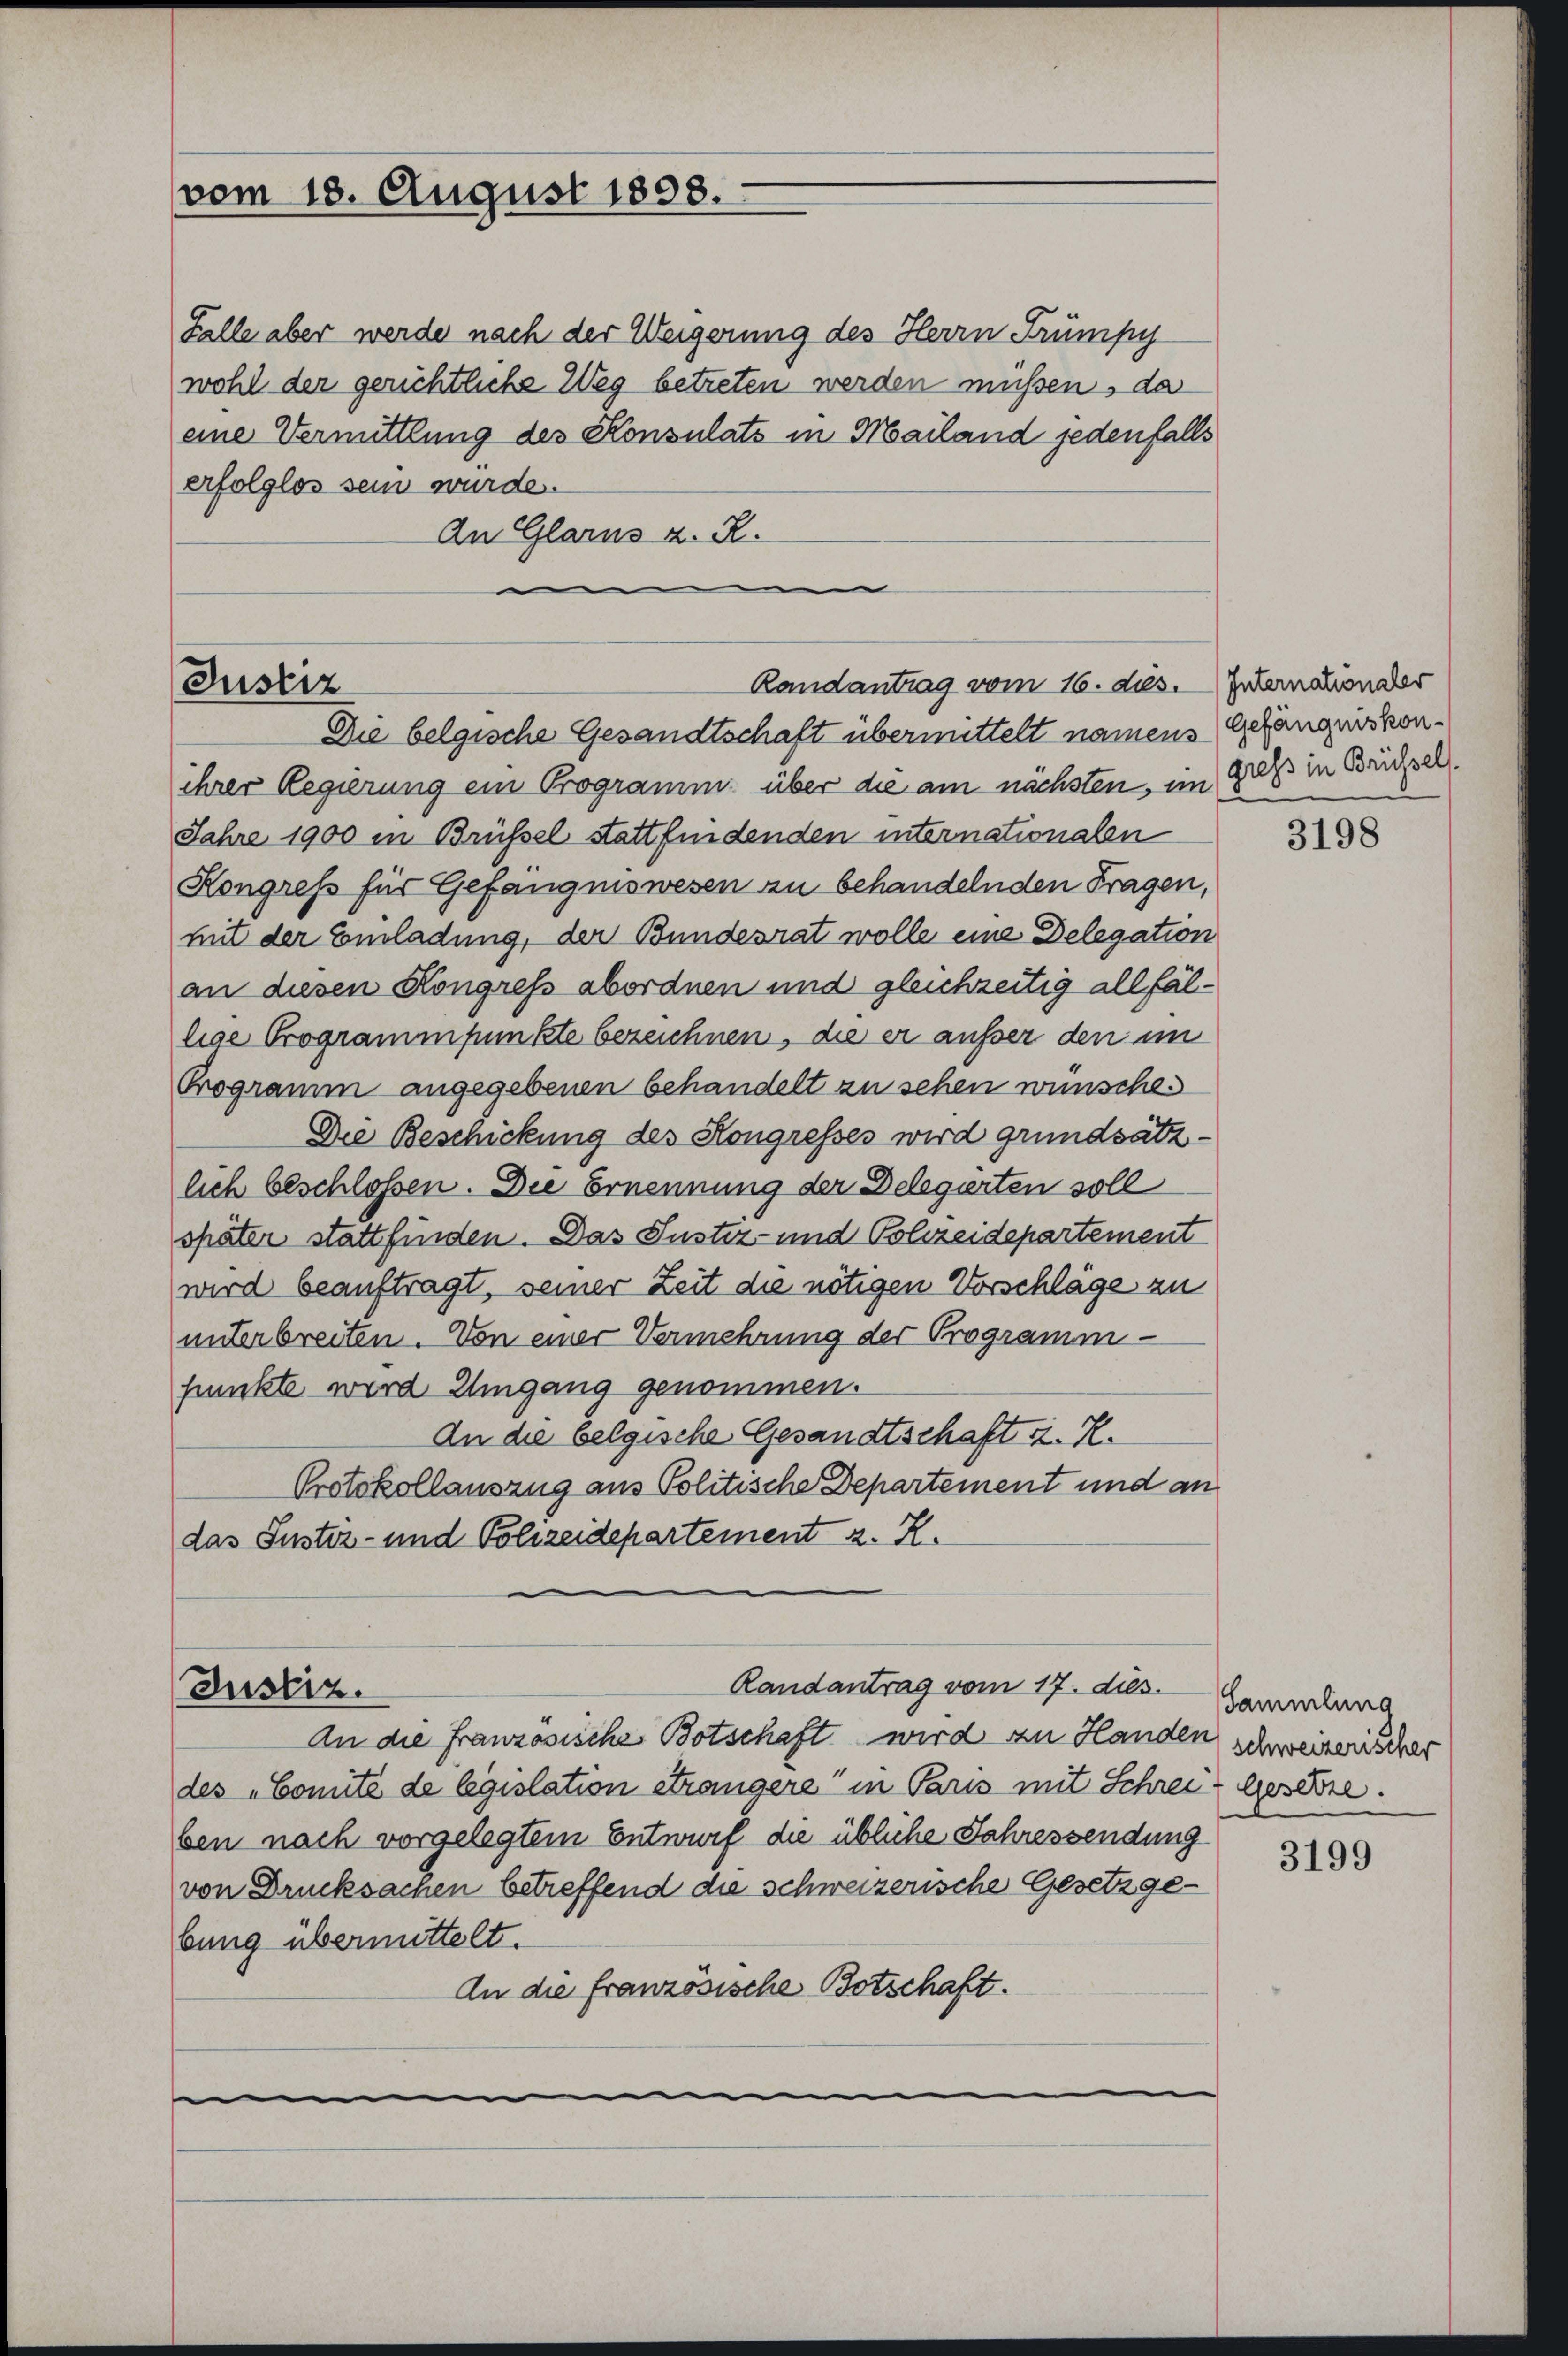
vom 18. August 1898.

Falle aber werde nach der Weigerung des Herrn Trümpy
wohl der gerichtliche Weg betreten werden müssen, da
eine Vermittlung des Konsulats in Mailand jedenfalls
erfolglos sein wurde.
An Glarus z. R.
e

Randantrag vom 16. ds. Internation der
Justiz
Die belgische Gesandtschaft übermittelt namens Gefängniskon¬

Justiz.

ihrer Regierung ein Programm über die am nächsten, im Gruss in Brüchsel.
Jahre 1900 in Brüssel stattfindenden internationalen
Kongress für Gefängniswesen zu behandelnden Fragen,
mit der Einladung, der Bundesrat wolle eine Delegation
an diesen Kongress abordnen und gleichzeitig allfällige Programmpunkte bezeichnen, die er ausser den im
Programm angegebenen behandelt zu sehen wünschen
Die Beschickung des Kongresses wird grundsätzlich beschlossen. Die Ernennung der Delegirten soll
später stattfinden. Das Justiz- und Polizeidepartement
wird beauftragt, seiner Zeit die nötigen Vorschläge zu
unterbreiten. Von einer Vermehrung der Programmpunkte wird Umgang genommen.
An die belgische Gesandtschaft z. R.
Protokollauszug aus Politische Departement und an
das Justiz- und Polizeidepartement z. R.

Randantrag vom 17. dies

An die Französische Botschaft wird zu Handen schweizerischer
des „Comité de legislation étrangere in Paris mit Schrei-Gesetze.
ben nach vorgelegtem Entwurf die übliche Jahressendung
von Drucksachen betreffend die schweizerische Gesetzge-
bung übermittelt.
An die französische Botschaft.

3198

Sammlung

3199